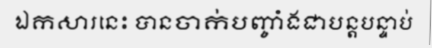
ឯកសារនេះ បានចាក់បញ្ចាំងជាបន្តបន្ទាប់